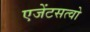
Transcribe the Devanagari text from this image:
एजेंटसत्वो